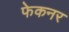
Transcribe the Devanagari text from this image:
फेकनर